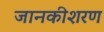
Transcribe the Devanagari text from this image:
जानकीशरण